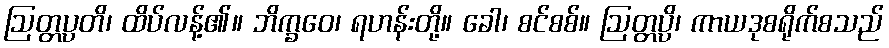
ဩတ္တပ္ပတိ၊ ထိပ်လန့်၏။ ဘိက္ခဝေ၊ ရဟန်းတို့။ ခေါ၊ စင်စစ်။ ဩတ္တပ္ပိ၊ ကာယဒုစရိုက်စသည်